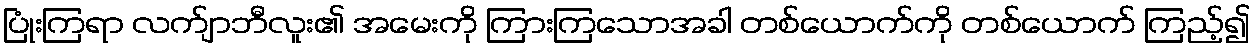
ပြုံးကြရာ လက်ျာဘီလူး၏ အမေးကို ကြားကြသောအခါ တစ်ယောက်ကို တစ်ယောက် ကြည့်၍